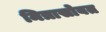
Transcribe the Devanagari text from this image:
मित्रासोबत